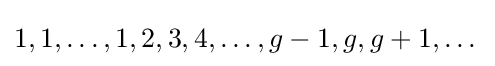
1,1,\dots ,1,2,3,4,\dots ,g-1,g,g+1,\dots